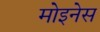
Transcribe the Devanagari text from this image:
मोइनेस